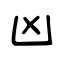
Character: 凶